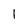
Character: l